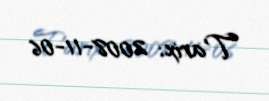
Tarix: 2008-11-06